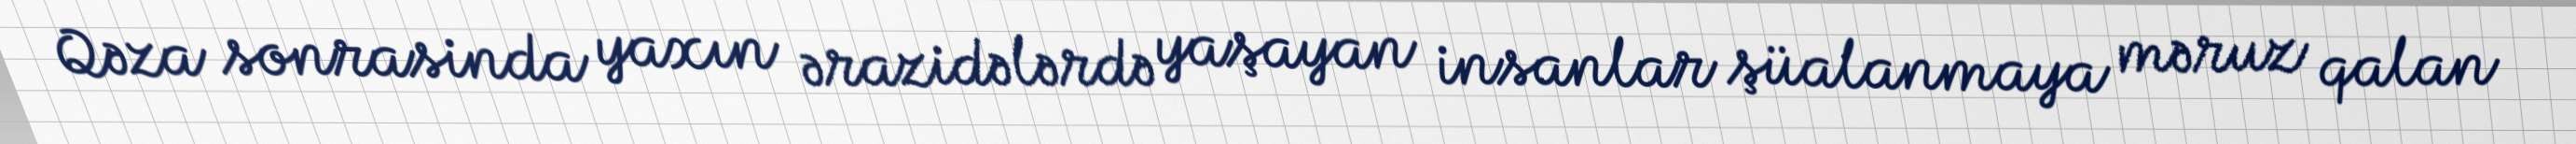
Qəza sonrasinda yaxın ərazidələrdə yaşayan insanlar şüalanmaya məruz qalan